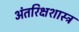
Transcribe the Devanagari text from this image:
अंतरिक्षशास्त्र